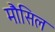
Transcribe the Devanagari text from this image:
मौसिल